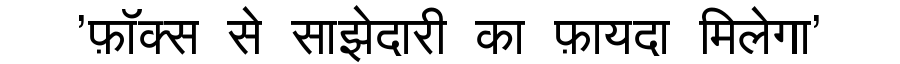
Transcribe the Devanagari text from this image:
'फ़ॉक्स से साझेदारी का फ़ायदा मिलेगा'